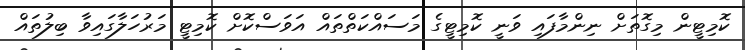
ކޮމިޓީން މިގޮތަށް ނިންމާފައި ވަނީ ކޮމިޓީގެ މަސައްކަތްތައް އަވަސްކޮށް ކޮމިޓީ މަރުހަލާގައިވާ ބިލުތައް